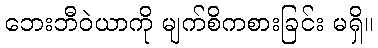
ဘေးဘီဝဲယာကို မျက်စိကစားခြင်း မရှိ။